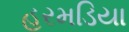
હરમડિયા